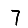
Digit: 7